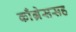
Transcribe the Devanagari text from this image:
काँग्रेससह